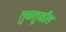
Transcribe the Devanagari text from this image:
तुळतुळीत